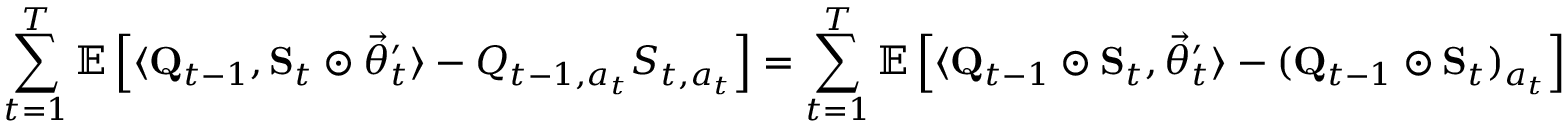
\sum _ { t = 1 } ^ { T } \mathbb E \left[ \langle \mathbf Q _ { t - 1 } , \mathbf S _ { t } \odot \vec { \theta } _ { t } ^ { \prime } \rangle - Q _ { t - 1 , a _ { t } } S _ { t , a _ { t } } \right] = \sum _ { t = 1 } ^ { T } \mathbb E \left[ \langle \mathbf Q _ { t - 1 } \odot \mathbf S _ { t } , \vec { \theta } _ { t } ^ { \prime } \rangle - ( \mathbf Q _ { t - 1 } \odot \mathbf S _ { t } ) _ { a _ { t } } \right]